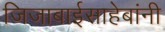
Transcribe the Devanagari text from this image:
जिजाबाईसाहेबांनी